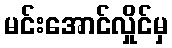
မင်းအောင်လှိုင်မှ